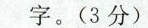
字（3分）